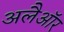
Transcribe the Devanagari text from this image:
अलैऑर